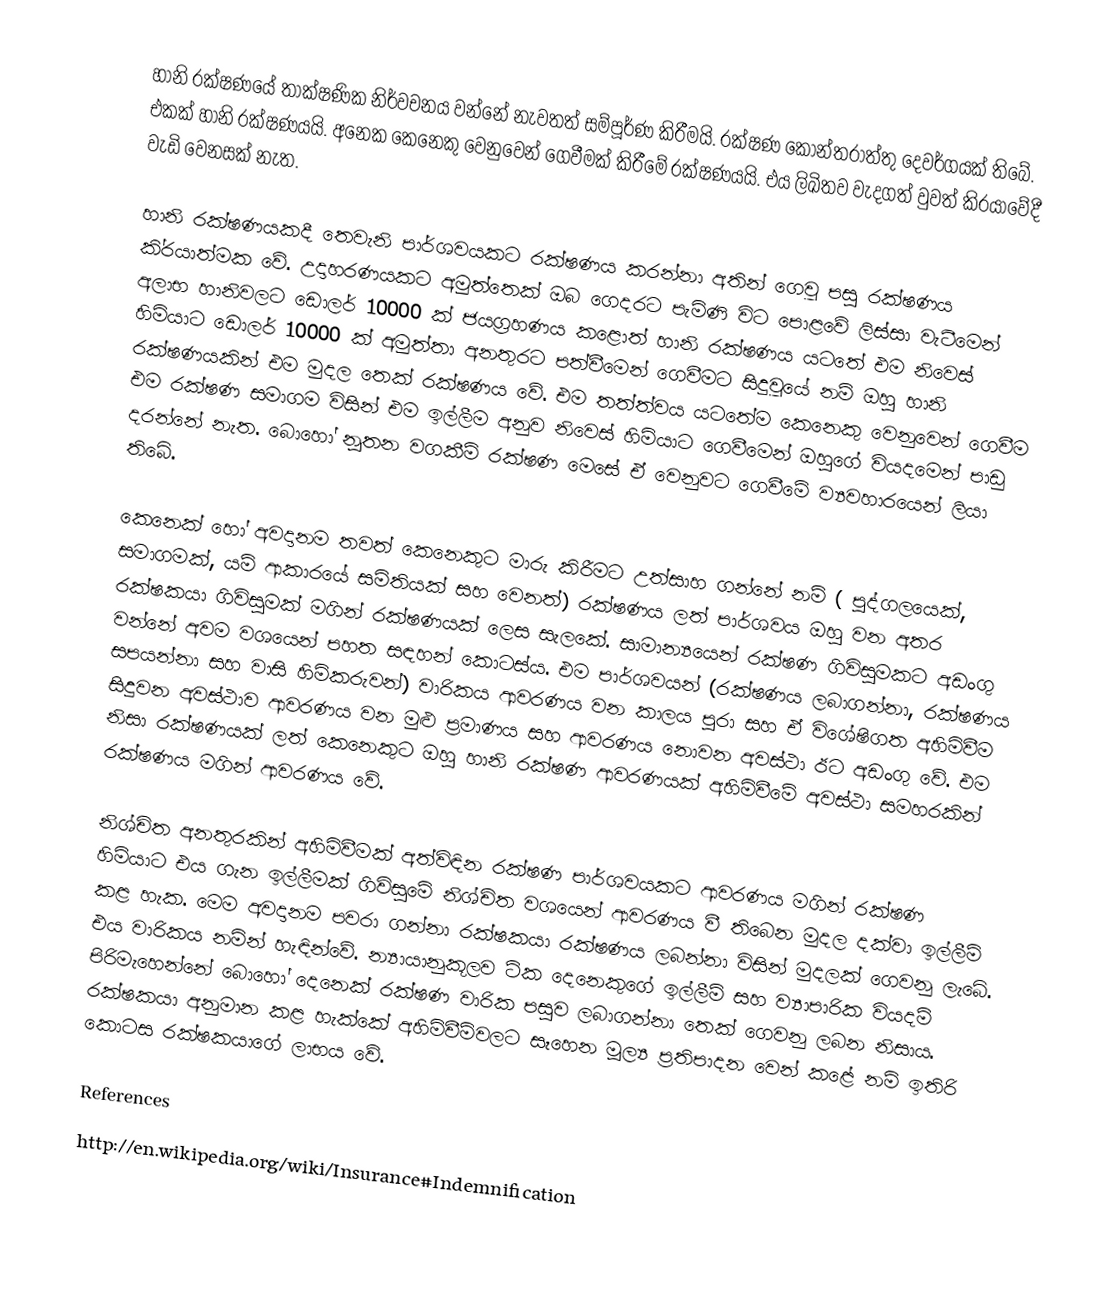
හානි රක්ෂණයේ තාක්ෂණික නිර්වචනය වන්නේ නැවතත් සම්පූර්ණ කිරීමයි. රක්ෂණ කොන්ත‍්‍රාත්තු දෙවර්ගයක් තිබේ. එකක් හානි රක්ෂණයයි. අනෙක කෙනෙකු වෙනුවෙන් ගෙවීමක් කිරීමේ රක්ෂණයයි. එය ලිඛිතව වැදගත් වුවත් කි‍්‍රයාවේදී වැඩි වෙනසක් නැත.

හානි රක්ෂණයකදී තෙවැනි පාර්ශවයකට රක්ෂණය කරන්නා අතින් ගෙවූ පසු රක්ෂණය කි‍්‍රයාත්මක වේ. උදාහරණයකට අමුත්තෙක් ඔබ ගෙදරට පැමිණි විට පොළවේ ලිස්සා වැටීමෙන් අලාභ හානිවලට ඩොලර් 10000 ක් ජයග‍්‍රහණය කළොත් හානි රක්ෂණය යටතේ එම නිවෙස් හිමියාට ඩොලර් 10000 ක් අමුත්තා අනතුරට පත්වීමෙන් ගෙවීමට සිදුවූයේ නම් ඔහු හානි රක්ෂණයකින් එම මුදල තෙක් රක්ෂණය වේ. එම තත්ත්වය යටතේම කෙනෙකු වෙනුවෙන් ගෙවීම එම රක්ෂණ සමාගම විසින් එම ඉල්ලීම අනුව නිවෙස් හිමියාට ගෙවීමෙන් ඔහුගේ වියදමෙන් පාඩු දරන්නේ නැත. බොහෝ නූතන වගකීම් රක්ෂණ මෙසේ ඒ වෙනුවට ගෙවීමේ ව්‍යවහාරයෙන් ලියා තිබේ.

කෙනෙක් හෝ අවදානම තවත් කෙනෙකුට මාරු කිරීමට උත්සාහ ගන්නේ නම් ( පුද්ගලයෙක්, සමාගමක්, යම් ආකාරයේ සමිතියක් සහ වෙනත්) රක්ෂණය ලත් පාර්ශවය ඔහු වන අතර රක්ෂකයා ගිවිසුමක් මගින් රක්ෂණයක් ලෙස සැලකේ. සාමාන්‍යයෙන් රක්ෂණ ගිවිසුමකට අඩංගු වන්නේ අවම වශයෙන් පහත සඳහන් කොටස්ය. එම පාර්ශවයන් (රක්ෂණය ලබාගන්නා, රක්ෂණය සපයන්නා සහ වාසි හිමිකරුවන්) වාරිකය ආවරණය වන කාලය පුරා සහ ඒ විශේෂිගත අහිමිවීම සිදුවන අවස්ථාව ආවරණය වන මුළු ප‍්‍රමාණය සහ ආවරණය නොවන අවස්ථා ඊට අඩංගු වේ. එම නිසා රක්ෂණයක් ලත් කෙනෙකුට ඔහු හානි රක්ෂණ ආවරණයක් අහිමිවීමේ අවස්ථා සමහරකින් රක්ෂණය මගින් ආවරණය වේ.

නිශ්චිත අනතුරකින් අහිමිවීමක් අත්විඳින රක්ෂණ පාර්ශවයකට ආවරණය මගින් රක්ෂණ හිමියාට එය ගැන ඉල්ලීමක් ගිවිසුමේ නිශ්චිත වශයෙන් ආවරණය වී තිබෙන මුදල දක්වා ඉල්ලීම් කළ හැක. මෙම අවදානම පවරා ගන්නා රක්ෂකයා රක්ෂණය ලබන්නා විසින් මුදලක් ගෙවනු ලැබේ. එය වාරිකය නමින් හැඳින්වේ. න්‍යායානුකූලව ටික දෙනෙකුගේ ඉල්ලීම් සහ ව්‍යාපාරික වියදම් පිරිමැහෙන්නේ බොහෝ දෙනෙක් රක්ෂණ වාරික පසුව ලබාගන්නා තෙක් ගෙවනු ලබන නිසාය. රක්ෂකයා අනුමාන කළ හැක්කේ අහිමිවීම්වලට සෑහෙන මූල්‍ය ප‍්‍රතිපාදන වෙන් කළේ නම් ඉතිරි කොටස රක්ෂකයාගේ ලාභය වේ.

References
http://en.wikipedia.org/wiki/Insurance#Indemnification